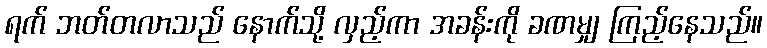
ရက် ဘတ်တလာသည် နောက်သို့ လှည့်ကာ အခန်းကို ခဏမျှ ကြည့်နေသည်။